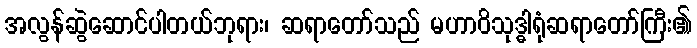
အလွန်ဆွဲဆောင်ပါတယ်ဘုရား၊ ဆရာတော်သည် မဟာဝိသုဒ္ဓါရုံဆရာတော်ကြီး၏